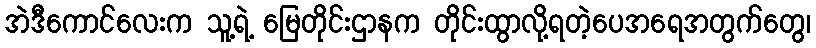
အဲဒီကောင်လေးက သူ့ရဲ့ မြေတိုင်းဌာနက တိုင်းထွာလို့ရတဲ့ပေအရေအတွက်တွေ၊